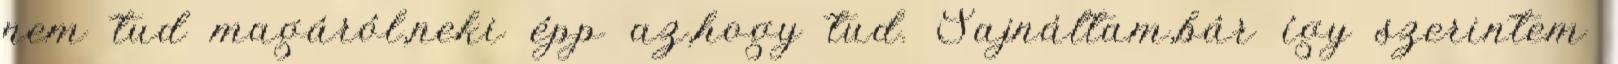
nem tud magáról,neki épp az,hogy tud. Sajnáltam,bár így szerintem